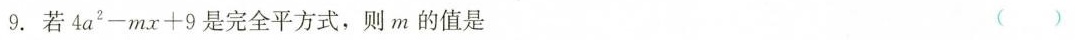
9.若 $$4 a ^ { 2 } - m x + 9$$ 是完全平方式，则m的值是 ( )